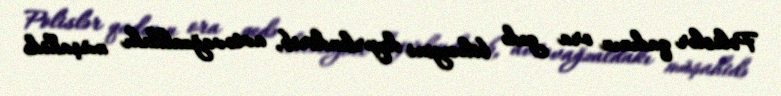
Polislər qadının ora gedə biləcəyini dəyərləndirib, avtovağzaldakı müşahidə